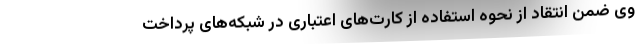
وی ضمن انتقاد از نحوه استفاده از کارت‌های اعتباری در شبکه‌های پرداخت